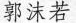
郭沫若